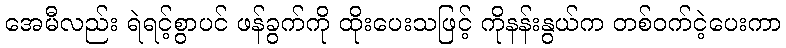
အေမီလည်း ရဲရင့်စွာပင် ဖန်ခွက်ကို ထိုးပေးသဖြင့် ကိုနန်းနွယ်က တစ်ဝက်ငဲ့ပေးကာ